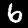
Digit: 6